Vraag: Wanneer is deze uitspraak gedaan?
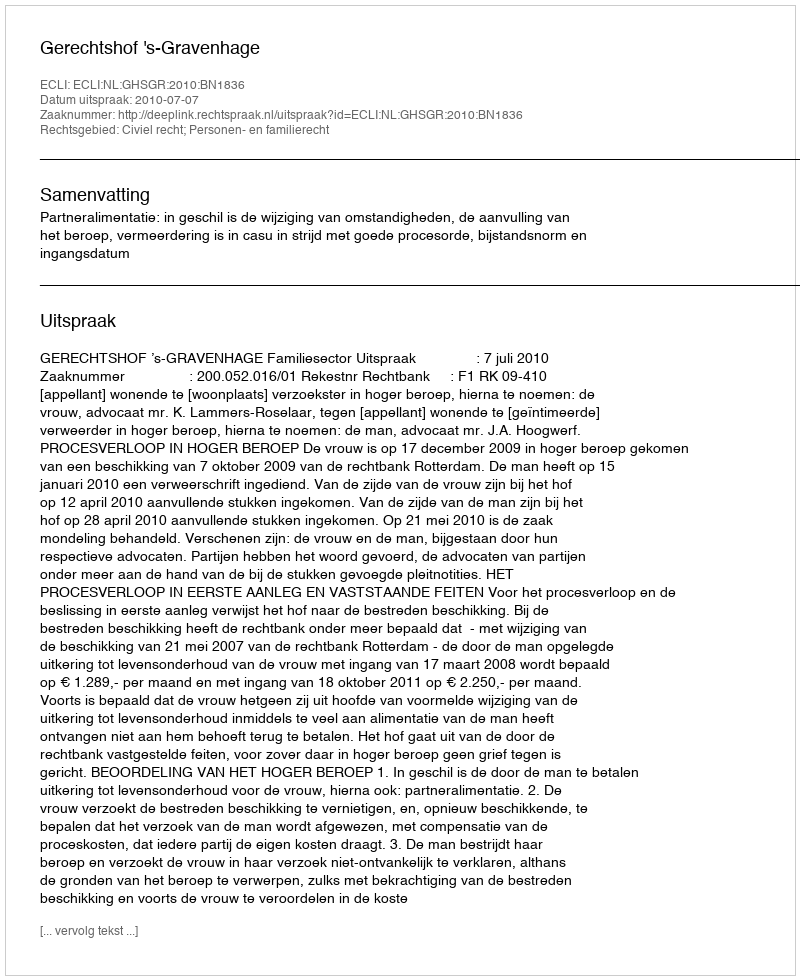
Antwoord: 2010-07-07